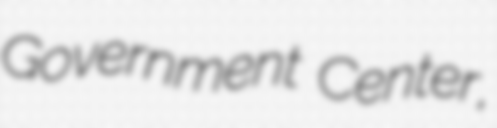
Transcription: Government Center,